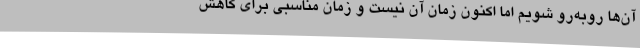
آن‌ها روبه‌رو شویم اما اکنون زمان آن نیست و زمان مناسبی برای کاهش